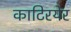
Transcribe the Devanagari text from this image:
काटिरयेर